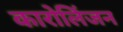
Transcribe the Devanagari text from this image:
कारोलिंजन